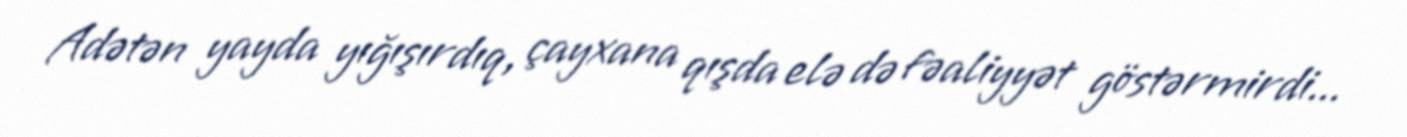
Adətən yayda yığışırdıq, çayxana qışda elə də fəaliyyət göstərmirdi...